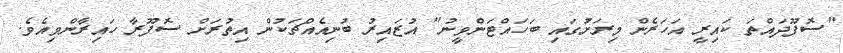
"ސޮފޫދައްތަ ކައިރީ އަހަރެން މިރަށުގައި ބަހައްޓަންވީނު" އުޒައިރު ބުނިއެއްޗަކުން އިތުރަށް ސޮފޫރާ ހައިރާންވިއެވެ.